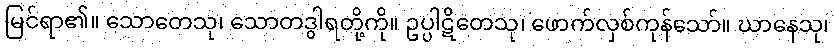
မြင်ရာ၏။ သောတေသု၊ သောတဒွါရတို့ကို။ ဥပ္ပါဋိတေသု၊ ဖောက်လှစ်ကုန်သော်။ ဃာနေသု၊